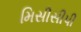
મિસીસીપી